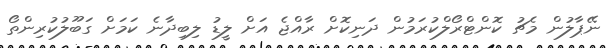
ނޭޕާލުން މެޗު ކޮންޓްރޯލްކުރަމުން ދަނިކޮށް ރާއްޖެ އަށް ލީޑު ލިބިދާނެ ކަމަށް ގަބޫލުކުރިންތޯ